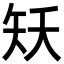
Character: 矨